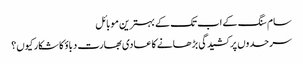
سام سنگ کے اب تک کے بہترین موبائل
سرحدوں پر کشیدگی بڑھانے کا عادی بھارت دباؤ کا شکار کیوں؟